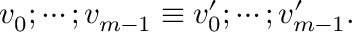
\begin{array} { r } { v _ { 0 } ; \cdots ; v _ { m - 1 } \equiv v _ { 0 } ^ { \prime } ; \cdots ; v _ { m - 1 } ^ { \prime } . } \end{array}